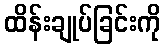
ထိန်းချုပ်ခြင်းကို